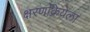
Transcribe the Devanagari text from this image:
क्षरणक्रियेला